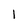
Character: 1